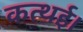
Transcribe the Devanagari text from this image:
कत्थई।